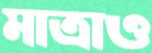
মাত্রাও